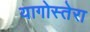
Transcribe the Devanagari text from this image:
यागोस्तेरा